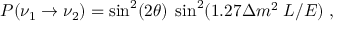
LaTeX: P ( \nu _ { 1 } \rightarrow \nu _ { 2 } ) = \sin ^ { 2 } ( 2 \theta ) \; \sin ^ { 2 } ( 1 . 2 7 \Delta m ^ { 2 } \; L / E ) \; ,